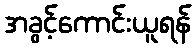
အခွင့်ကောင်းယူရန်